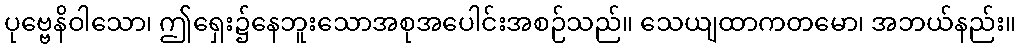
ပုဗ္ဗေနိဝါသော၊ ဤရှေး၌နေဘူးသောအစုအပေါင်းအစဉ်သည်။ သေယျထာကတမော၊ အဘယ်နည်း။